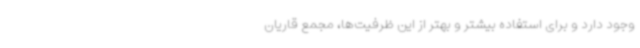
وجود دارد و برای استفاده بیشتر و بهتر از این ظرفیت‌ها، مجمع قاریان